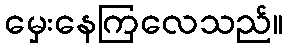
မှေးနေကြလေသည်။